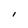
Character: i